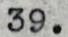
39.